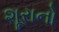
શૂરાનો